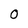
Character: 0